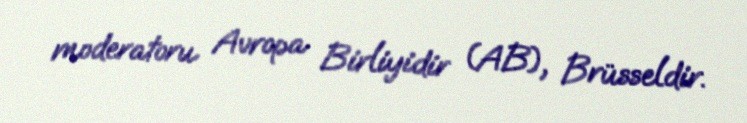
moderatoru Avropa Birliyidir (AB), Brüsseldir.